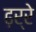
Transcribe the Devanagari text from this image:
ढ़र्रे